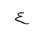
Letter: _ayn